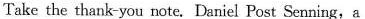
Take the thank-you note. Daniel Post Senning,a